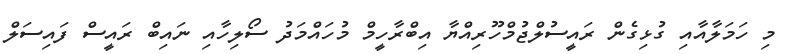
މި ހަމަލާއާއި ގުޅިގެން ރައީސުލްޖުމްހޫރިއްޔާ އިބްރާހީމް މުހައްމަދު ސޯލިހާއި ނައިބް ރައީސް ފައިސަލް